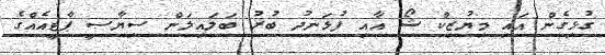
ގުޅިގެން އައި މިޔުޒިކް ޝޯ އާއި ފުޅަނދު ބުރު ބަލައިލަން ސިޔާސީ ޕާޓީއެއްގެ